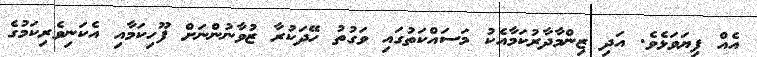
އެއް ފިޔަވަޅެވެ. އަދި ޒިންމާދާރުކަމާއެކު މަސައްކަތުގައި ވަގުތު ހޭދަކުރާ ޒުވާނުންނަށް ފޫހިކަމާއި އެކަނިވެރިކަމުގެ